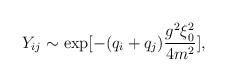
LaTeX: \begin{align*}Y_{ij} \sim \exp[- (q_i + q_j) {g^2 \xi_0^2 \over 4m^2}] ,\end{align*}